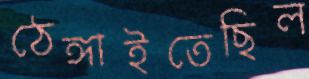
ঠেঙ্গাইতেছিল